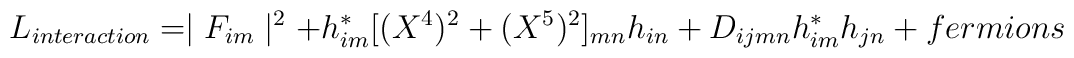
L_{interaction}=\mid F_{im}\mid ^{2}+h_{im}^{\ast}[(X^{4})^{2}+(X^{5})^{2}]_{mn}h_{in}+D_{ijmn}h_{im}^{\ast}h_{jn}+fermions